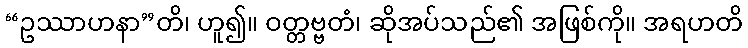
“ဥဿာဟနာ”တိ၊ ဟူ၍။ ဝတ္တဗ္ဗတံ၊ ဆိုအပ်သည်၏ အဖြစ်ကို။ အရဟတိ